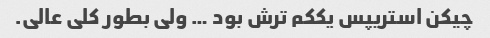
چیکن استریپس یککم ترش بود … ولی بطور کلی عالی.